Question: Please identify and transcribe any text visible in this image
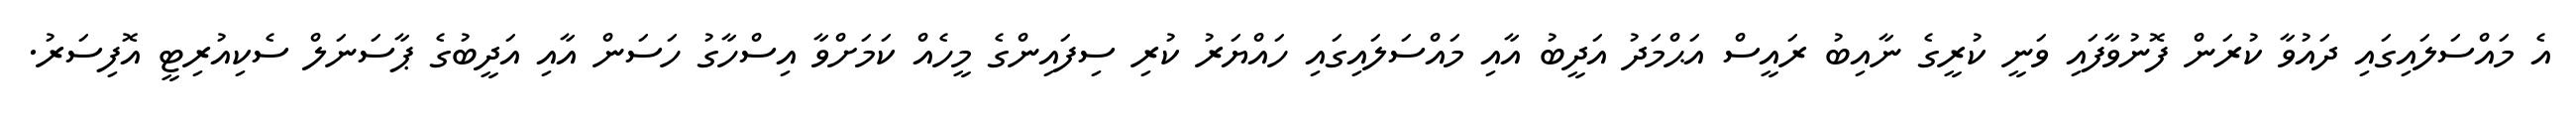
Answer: އެ މައްސަލައިގައި ދައުވާ ކުރަން ފޮނުވާފައި ވަނީ ކުރީގެ ނާއިބު ރައީސް އަޙްމަދު އަދީބު އާއި މައްސަލައިގައި ހައްޔަރު ކުރި ސިފައިންގެ މީހެއް ކަމަށްވާ އިސްހާގު ހަސަން އާއި އަދީބުގެ ޕާސަނަލް ސެކިއުރިޓީ އޮފިސަރު.